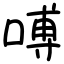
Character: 㗘